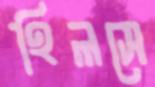
হিলসে